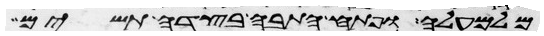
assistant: מלמעלה ופתח התבה בצדה תשים